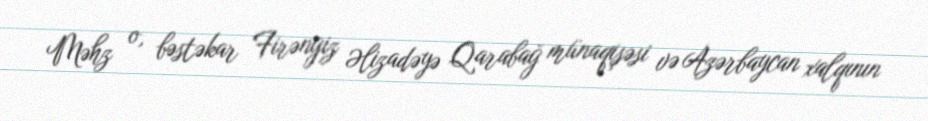
Məhz o, bəstəkar Firəngiz Əlizadəyə Qarabağ münaqişəsi və Azərbaycan xalqının